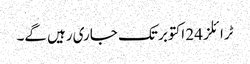
ٹرائلز 24 اکتوبر تک جاری رہیں گے۔